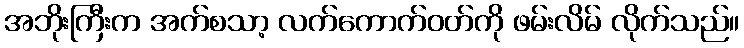
အဘိုးကြီးက အက်စသာ့ လက်ကောက်ဝတ်ကို ဖမ်းလိမ် လိုက်သည်။